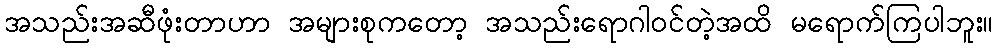
အသည်းအဆီဖုံးတာဟာ အများစုကတော့ အသည်းရောဂါဝင်တဲ့အထိ မရောက်ကြပါဘူး။